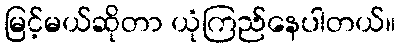
မြင့်မယ်ဆိုတာ ယုံကြည်နေပါတယ်။